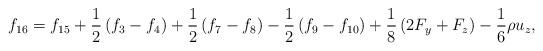
LaTeX: \begin{align*}{f_{16}} = {f_{15}} + \frac{1}{2}\left( {{f_3} - {f_4}} \right) + \frac{1}{2}\left( {{f_7} - {f_8}} \right) - \frac{1}{2}\left( {{f_9} - {f_{10}}} \right) + \frac{1}{8}\left( {2{F_y} + {F_z}} \right) - \frac{1}{6}\rho {u_z},\end{align*}